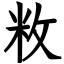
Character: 敉